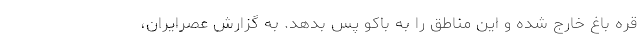
قره باغ خارج شده و این مناطق را به باکو پس بدهد. به گزارش عصرایران،